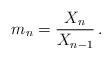
LaTeX: \begin{align*}m_n= \frac{X_{n}}{X_{n-1}} \,.\end{align*}